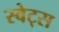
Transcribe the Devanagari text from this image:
स्वेट्स